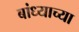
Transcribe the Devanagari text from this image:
बांध्याच्या